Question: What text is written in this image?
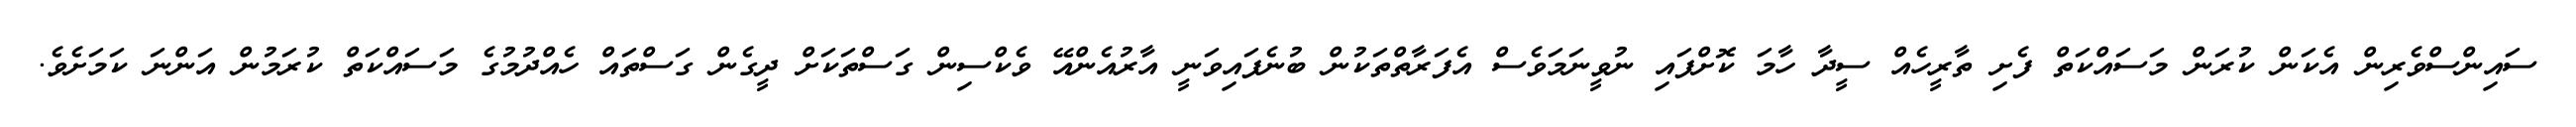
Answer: ސައިންސްވެރިން އެކަން ކުރަން މަސައްކަތް ފެށި ތާރީހެއް ސީދާ ހާމަ ކޮށްފައި ނުވީނަމަވެސް އެފަރާތްތަކުން ބުނެފައިވަނީ އާރުއެންއޭ ވެކްސިން ގަސްތަކަށް ދީގެން ގަސްތައް ހެއްދުމުގެ މަސައްކަތް ކުރަމުން އަންނަ ކަމަށެވެ.